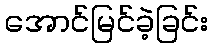
အောင်မြင်ခဲ့ခြင်း